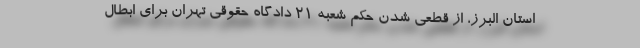
استان البرز، از قطعی شدن حکم شعبه ۲۱ دادگاه حقوقی تهران برای ابطال